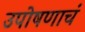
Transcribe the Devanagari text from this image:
उपोषणाचं